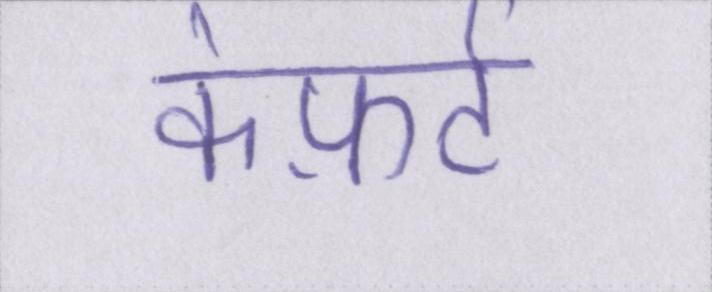
कंफ़र्ट